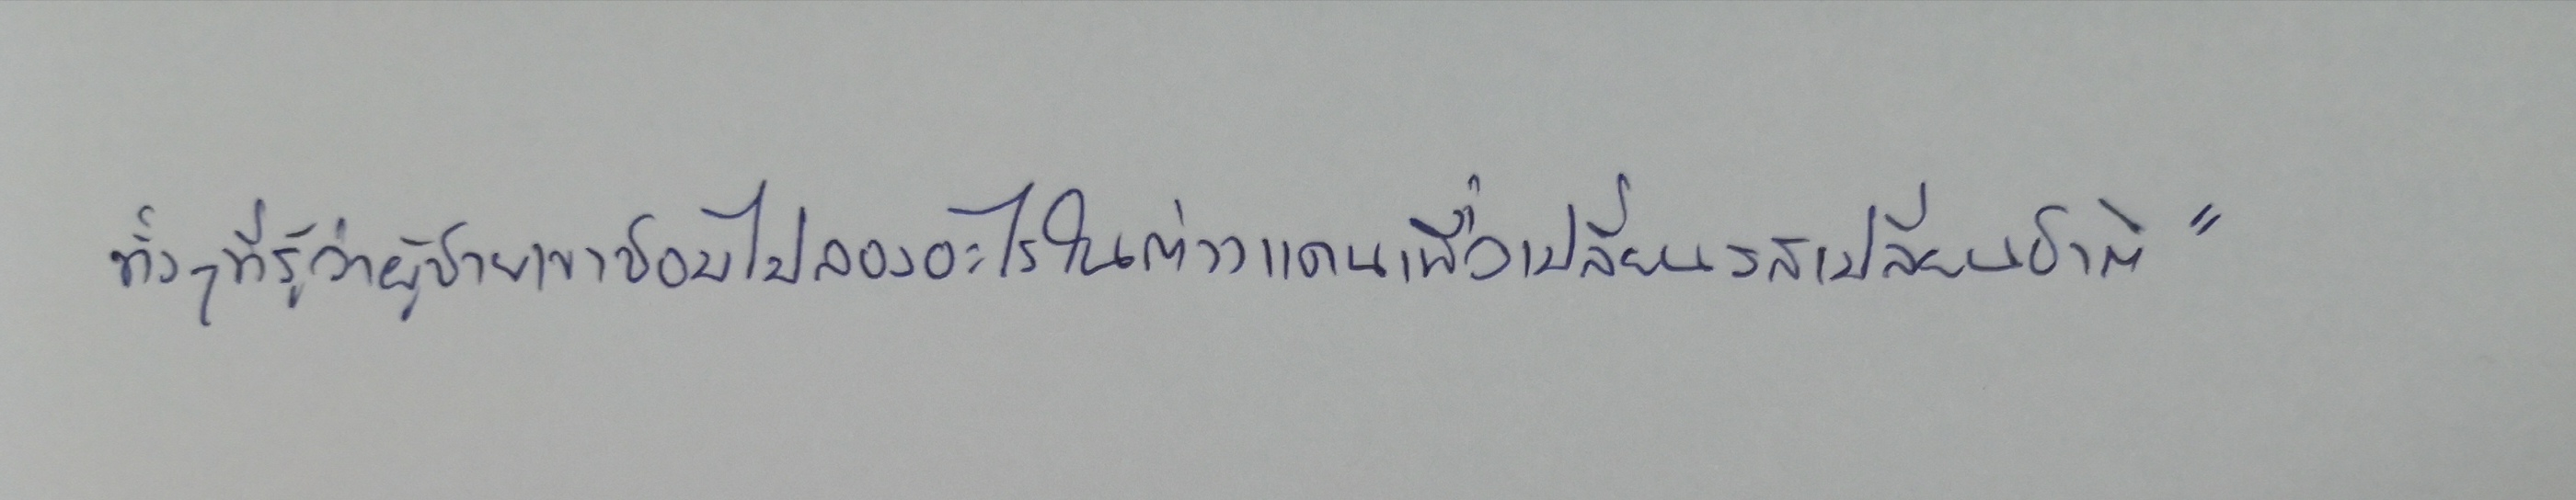
ทั้งๆ ที่รู้ว่าผู้ชายเขาชอบไปลองอะไรในต่างแดนเพื่อเปลี่ยนรสเปลี่ยนชาติ"